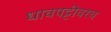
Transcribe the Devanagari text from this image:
धावपट्टीवरच